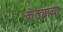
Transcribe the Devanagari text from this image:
कंठ्याचा